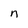
Character: n